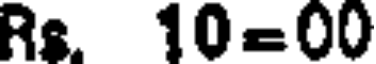
Rs. 10=00